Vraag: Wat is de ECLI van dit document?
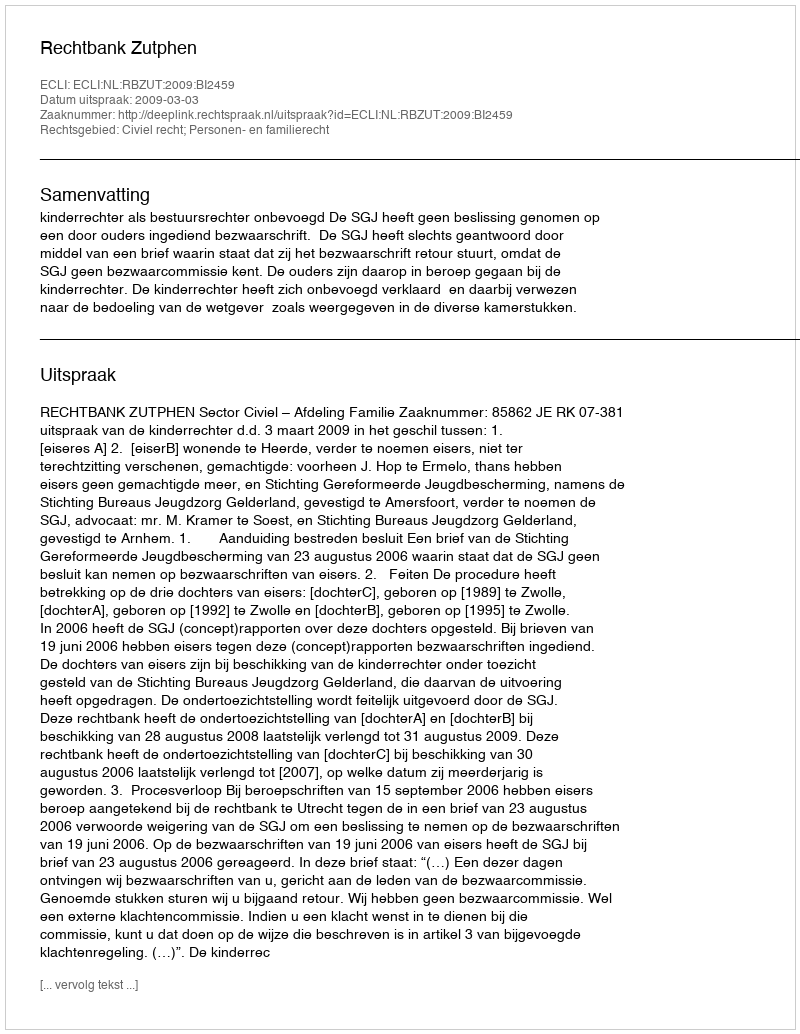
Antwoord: ECLI:NL:RBZUT:2009:BI2459